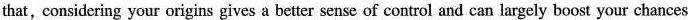
that, considering your origins gives a better sense of control and can largely boost your chances